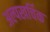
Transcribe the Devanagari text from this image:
अल्पखर्चिक